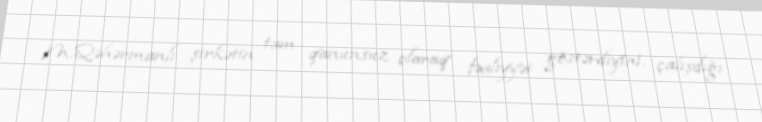
M.Qəhərmanlı şirkətin tam qanunsuz olaraq fəaliyyət göstərdiyini, çalışdığı